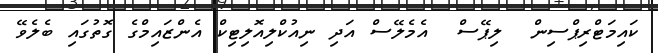
ކައިމަޓްރިޕްސިން  ލިޕޭސް  އެމެލޭސް އަދި ނިއުކްލިއޮލިޓިކް އެންޒައިމްގެ ގޮތުގައި ބެލެވޭ